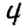
Digit: 4